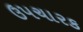
ઉપચારક